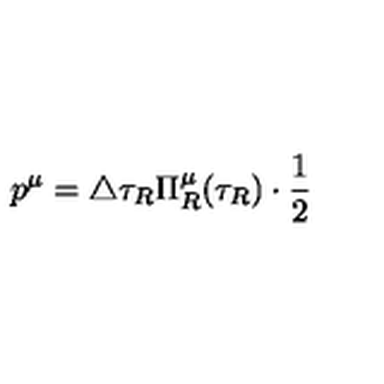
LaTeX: p ^ { \mu } = \triangle \tau _ { R } \Pi _ { R } ^ { \mu } ( \tau _ { R } ) \cdot \frac 1 2